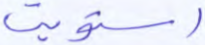
استويت